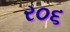
ર૦૬